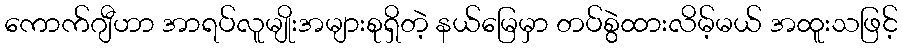
ကောက်ဂျီဟာ အာရပ်လူမျိုးအများစုရှိတဲ့ နယ်မြေမှာ တပ်စွဲထားလိမ့်မယ် အထူးသဖြင့်